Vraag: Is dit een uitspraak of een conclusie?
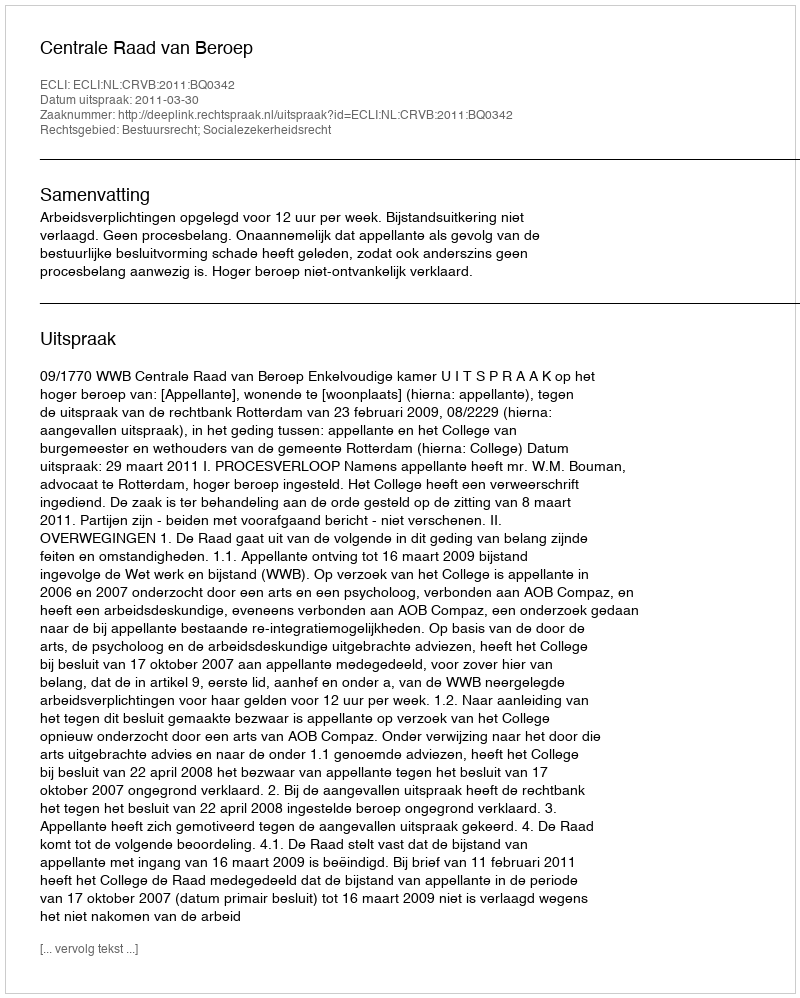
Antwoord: Uitspraak